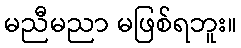
မညီမညာ မဖြစ်ရဘူး။